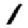
Digit: 1